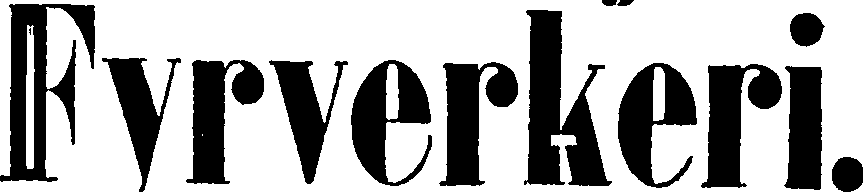
Fyrverkeri.